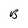
Character: B